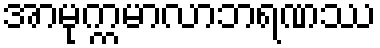
အာမုက္ကမာလာဘရဏဿ